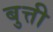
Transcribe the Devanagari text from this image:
बुत्ती